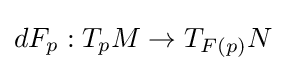
dF_{p}:T_{p}M\to T_{F(p)}N